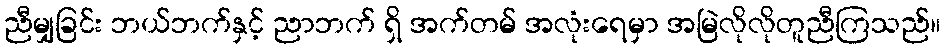
ညီမျှခြင်း ဘယ်ဘက်နှင့် ညာဘက် ရှိ အက်တမ် အလုံးရေမှာ အမြဲလိုလိုတူညီကြသည်။